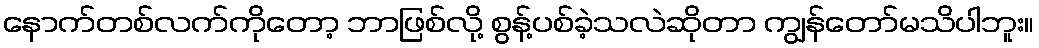
နောက်တစ်လက်ကိုတော့ ဘာဖြစ်လို့ စွန့်ပစ်ခဲ့သလဲဆိုတာ ကျွန်တော်မသိပါဘူး။